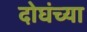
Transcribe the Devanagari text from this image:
दोघंच्या